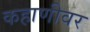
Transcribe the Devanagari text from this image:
कहाणीवर